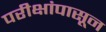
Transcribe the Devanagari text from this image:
परीक्षांपासून